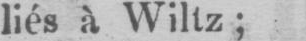
liés à Wiltz;